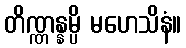
တိဏ္ဏန္နမ္ပိ မဟေသိနံ။